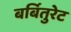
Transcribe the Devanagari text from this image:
बर्बितुरेट